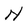
Character: N